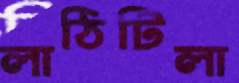
লাঠিটিলা